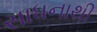
સાધનાથી